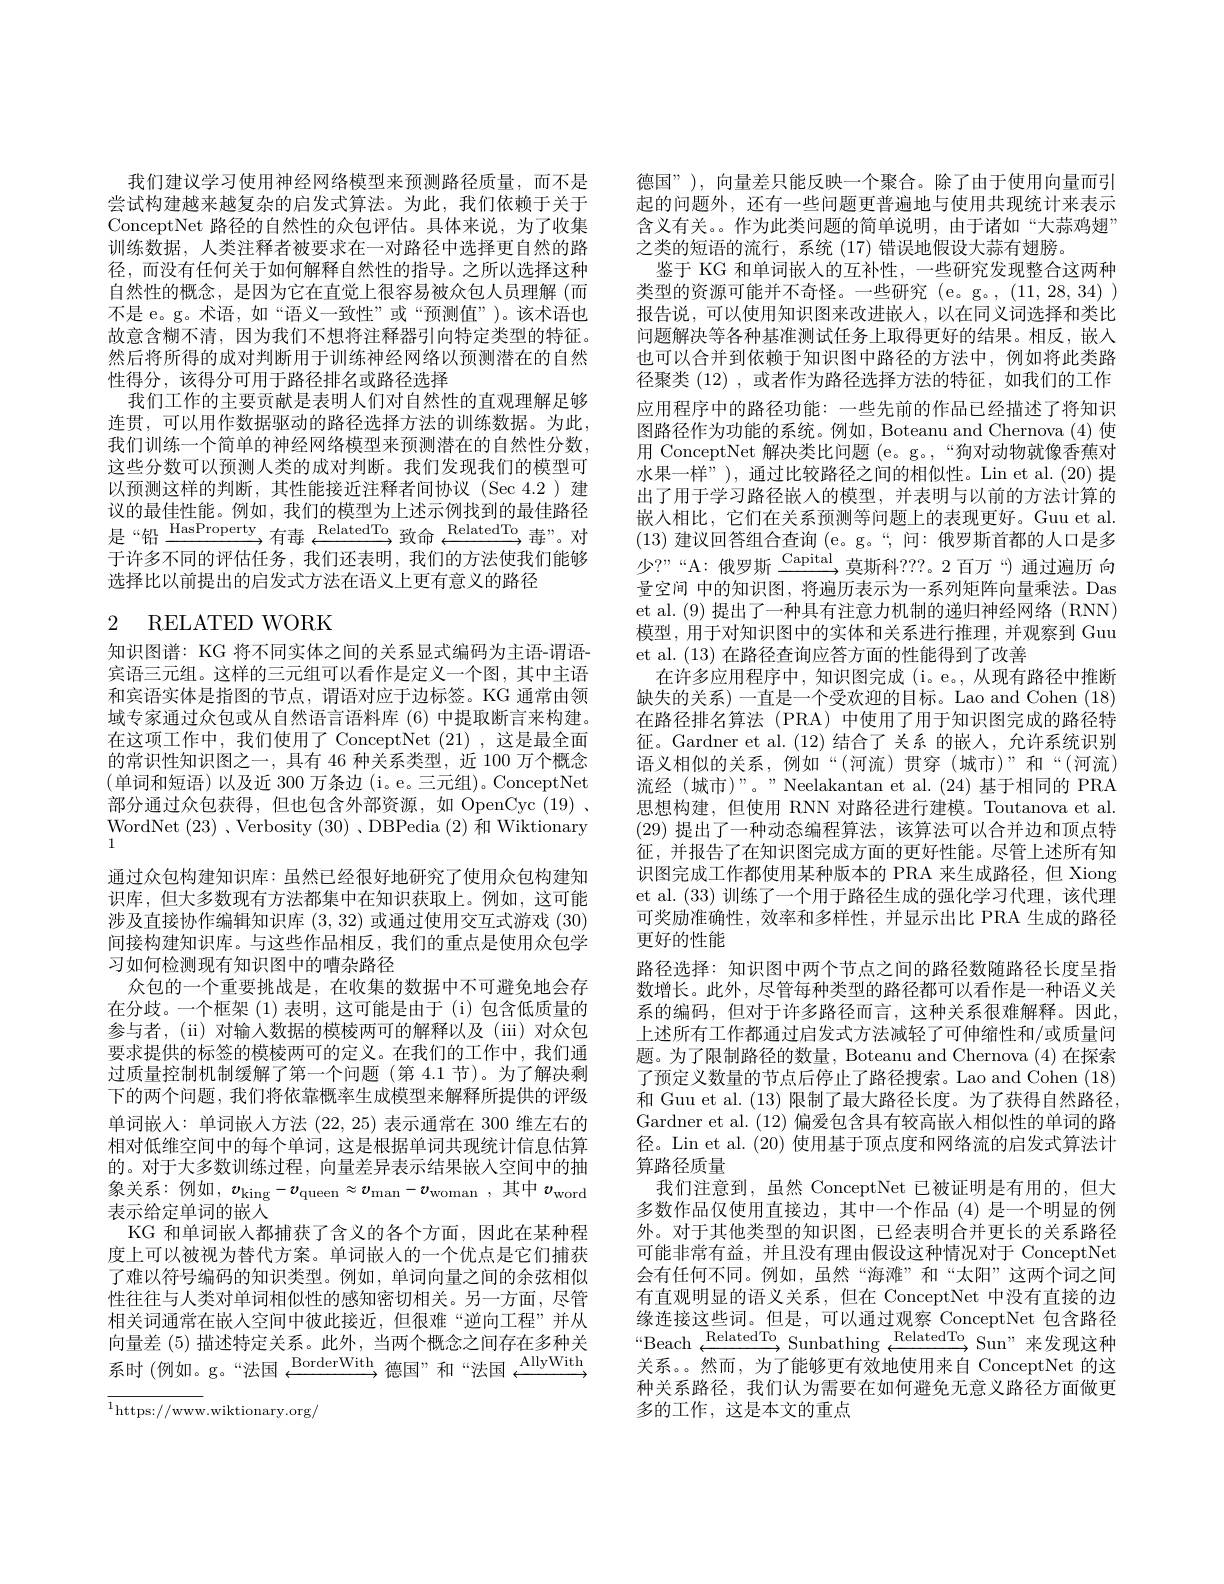
我们建议学习使用神经网络模型来预测路径质量，而不是尝试构建越来越复杂的启发式算法。为此，我们依赖于关于ConceptNet 路径的自然性的众包评估。具体来说，为了收集训练数据，人类注释者被要求在一对路径中选择更自然的路径，而没有任何关于如何解释自然性的指导。之所以选择这种自然性的概念，是因为它在直觉上很容易被众包人员理解(而不是 e。g。术语，如“语义一致性”或“预测值”)。该术语也故意含糊不清，因为我们不想将注释器引向特定类型的特征。然后将所得的成对判断用于训练神经网络以预测潜在的自然性得分，该得分可用于路径排名或路径选择
我们工作的主要贡献是表明人们对自然性的直观理解足够连贯，可以用作数据驱动的路径选择方法的训练数据。为此， 我们训练一个简单的神经网络模型来预测潜在的自然性分数， 这些分数可以预测人类的成对判断。我们发现我们的模型可以预测这样的判断，其性能接近注释者间协议(Sec 4.2)建议的最佳性能。例如，我们的模型为上述示例找到的最佳路径${\text{是“铅}\xrightarrow{\mathrm{HasProperty}}}{\text{有毒}}{\xrightarrow{\mathrm{RelatedTo}}}{\text{致命}}{\xrightarrow{\mathrm{RelatedTo}}}{\text{ 每 }}{\text{ 毒”。对}}$ 于许多不同的评估任务，我们还表明，我们的方法使我们能够选择比以前提出的启发式方法在语义上更有意义的路径

# 2 RELATED WORK

知识图谱：KG 将不同实体之间的关系显式编码为主语-谓语宾语三元组。这样的三元组可以看作是定义一个图，其中主语和宾语实体是指图的节点，谓语对应于边标签。KG 通常由领域专家通过众包或从自然语言语料库 (6) 中提取断言来构建。在这项工作中，我们使用了 ConceptNet (21),这是最全面的常识性知识图之一，具有 46 种关系类型，近 100 万个概念(单词和短语)以及近 300 万条边(i。e。三元组)。ConceptNet 部分通过众包获得，但也包含外部资源，如 OpenCyc (19) . WordNet (23) 、Verbosity (30) ,DBPedia (2)和 Wiktionary 通过众包构建知识库：虽然已经很好地研究了使用众包构建知识库，但大多数现有方法都集中在知识获取上。例如，这可能涉及直接协作编辑知识库(3,32)或通过使用交互式游戏(30) 间接构建知识库。与这些作品相反，我们的重点是使用众包学习如何检测现有知识图中的嘈杂路径
众包的一个重要挑战是，在收集的数据中不可避免地会存在分歧。一个框架(1)表明，这可能是由于 (i)包含低质量的参与者，(ii)对输入数据的模棱两可的解释以及(iii)对众包要求提供的标签的模棱两可的定义。在我们的工作中，我们通过质量控制机制缓解了第一个问题(第 4.1 节)。为了解决剩下的两个问题，我们将依靠概率生成模型来解释所提供的评级单词嵌入：单词嵌人方法(22,25)表示通常在 300 维左右的相对低维空间中的每个单词，这是根据单词共现统计信息估算的。对于大多数训练过程，向量差异表示结果嵌入空间中的抽象 关 系 : 例 如 , $v_{\mathrm{king}}- v_{\mathrm{queen}}\approx v_{\mathrm{man}}- v_{\mathrm{woman}}$ ,其 中 $v_{\mathrm{word}}$ $+ \neg \Lambda \leftrightarrow$阶 问 如 出表示给定单词的嵌人
KG 和单词嵌入都捕获了含义的各个方面，因此在某种程度上可以被视为替代方案。单词嵌人的一个优点是它们捕获了难以符号编码的知识类型。例如，单词向量之间的余弦相似性往往与人类对单词相似性的感知密切相关。另一方面，尽管相关词通常在嵌人空间中彼此接近，但很难“逆向工程”并从向量差 (5) 描述特定关系。此外，当两个概念之间存在多种关何 里 在 ( 9) 曲 正 付 , 正 人 小 。此 1$, \text{ 三 }^{\text{内 「 帆 心 之 间 门 卫 为 个 人 }}$ 系 时 ( 例 如 。g。“ 法 国 $\xrightarrow{\text{BorderWith}}$德 国 ” 和 “ 法 国 $\xrightarrow{\text{AllyWith}}$
$$\overline{^1\text{https://www.wiktionary.org/}}$$
德国”), 向量差只能反映一个聚合。除了由于使用向量而引起的问题外，还有一些问题更普遍地与使用共现统计来表示含义有关。。作为此类问题的简单说明，由于诸如“大蒜鸡翅” 之类的短语的流行，系统 (17) 错误地假设大蒜有翅膀。
鉴于 KG 和单词嵌人的互补性，一些研究发现整合这两种类型的资源可能并不奇怪。一些研究 (e。g。, (11,28,34) 报告说，可以使用知识图来改进嵌人，以在同义词选择和类比问题解决等各种基准测试任务上取得更好的结果。相反，嵌入也可以合并到依赖于知识图中路径的方法中，例如将此类路径聚类(12) ,或者作为路径选择方法的特征，如我们的工作应用程序中的路径功能：一些先前的作品已经描述了将知识图路径作为功能的系统。例如 , Boteanu and Chernova (4) 使用 ConceptNet 解决类比问题 (e。g。,“狗对动物就像香蕉对水果一样”), 通过比较路径之间的相似性。Lin et al.(20) 提出了用于学习路径嵌人的模型，并表明与以前的方法计算的嵌人相比，它们在关系预测等问题上的表现更好。Guu et al. (13)建议回答组合查询(e。g。“,问：俄罗斯首都的人口是多少？”“A:俄罗斯$\xrightarrow{\mathrm{Capital}}$莫斯科？??。2百万“)通过遍历 向量空间 中的知识图，将遍历表示为一系列矩阵向量乘法。Das et al. (9) 提出了一种具有注意力机制的递归神经网络 (RNN) 模型，用于对知识图中的实体和关系进行推理，并观察到 Guu et al. (13) 在路径查询应答方面的性能得到了改善
在许多应用程序中，知识图完成 (i。e。,从现有路径中推断缺失的关系) 一直是一个受欢迎的目标。Lao and Cohen (18) 在路径排名算法 (PRA)中使用了用于知识图完成的路径特征。Gardner et al.(12)结合了 关系 的嵌人，允许系统识别语义相似的关系，例如“(河流)贯穿(城市)”和“(河流) 流经(城市)”。”Neelakantan et al.(24)基于相同的 PRA 思想构建，但使用 RNN 对路径进行建模。Toutanova et al. (29)提出了一种动态编程算法，该算法可以合并边和顶点特征，并报告了在知识图完成方面的更好性能。尽管上述所有知识图完成工作都使用某种版本的 PRA 来生成路径，但 Xiong et al. (33)训练了一个用于路径生成的强化学习代理，该代理可奖励准确性，效率和多样性，并显示出比 PRA 生成的路径更好的性能
路径选择：知识图中两个节点之间的路径数随路径长度呈指数增长。此外，尽管每种类型的路径都可以看作是一种语义关系的编码，但对于许多路径而言，这种关系很难解释。因此， 上述所有工作都通过启发式方法减轻了可伸缩性和/或质量问题。为了限制路径的数量，Boteanu and Chernova (4) 在探索了预定义数量的节点后停止了路径搜索。Lao and Cohen (18) 和 Guu et al. (13) 限制了最大路径长度。为了获得自然路径Gardner et al. (12) 偏爱包含具有较高嵌人相似性的单词的路径。Lin et al. (20) 使用基于顶点度和网络流的启发式算法计算路径质量
我们注意到，虽然 ConceptNet 已被证明是有用的，但大多数作品仅使用直接边，其中一个作品(4)是一个明显的例外。对于其他类型的知识图，已经表明合并更长的关系路径可能非常有益，并且没有理由假设这种情况对于 ConceptNet 会有任何不同。例如，虽然“海滩”和“太阳”这两个词之间有直观明显的语义关系，但在 ConceptNet 中没有直接的边缘连接这些词。但是，可以通过观察 ConceptNet 包含路径$“$Beach$\xrightarrow{\mathrm{RelatedTo}}$Sunbathing$\xrightarrow\mathrm{RelatedTo}$Sun"来发现这种关系。然而，为了能够更有效地使用来自 ConceptNet 的这种关系路径，我们认为需要在如何避免无意义路径方面做更多的工作，这是本文的重点